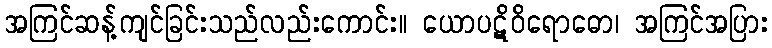
အကြင်ဆန့်ကျင်ခြင်းသည်လည်းကောင်း။ ယောပဋိဝိရောဓော၊ အကြင်အပြား